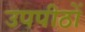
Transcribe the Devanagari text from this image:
उपपीठों